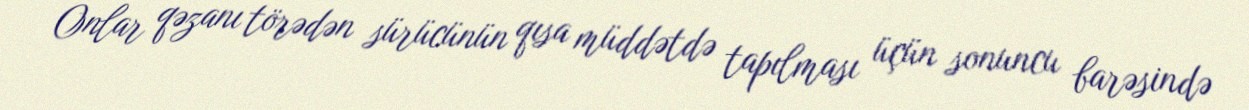
Onlar qəzanı törədən sürücünün qısa müddətdə tapılması üçün sonuncu barəsində